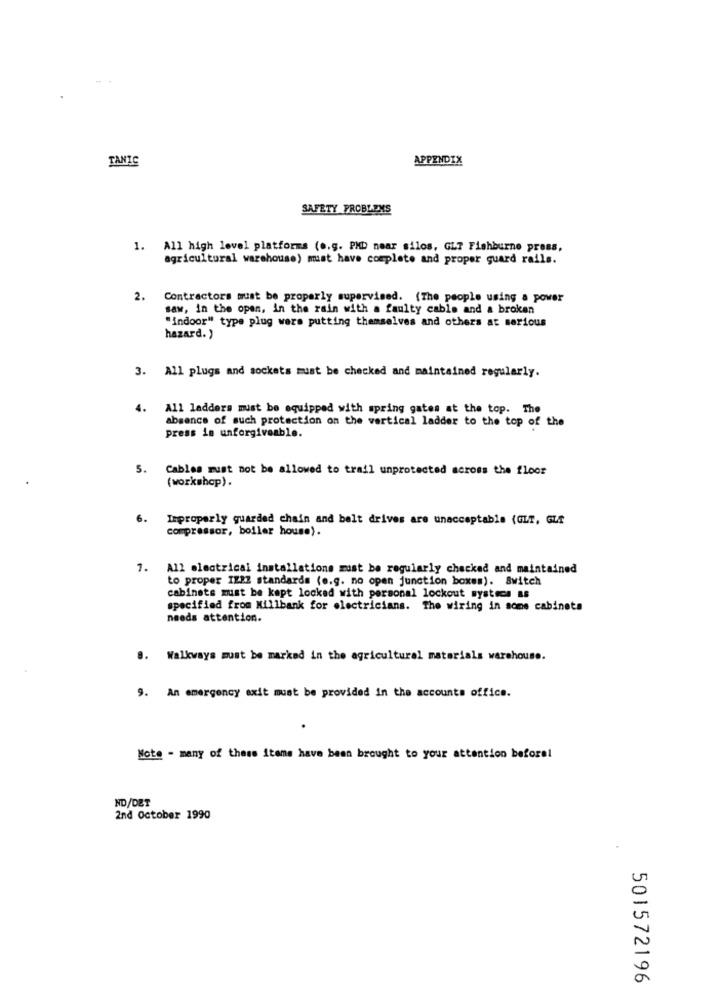
TANIC
APPENDIX
SAFETY PROBLEMS
1. All high level platforms (o.g. PHD near silos, GLT Fishburne press,
agricultural warehouse) must have complete and proper guard rails.
2. Contractors must be properly supervised. (The people using a power
saw, in the open, in the rain with a faulty cable and a broken
"indoor" type plug wers putting themselves and others at serious
hazard. )
3. All plugs and sockets must be checked and maintained regularly.
4.
All ladders must be equipped with spring gates at the top. The
absence of such protection on the vertical ladder to the top of the
press is unforgiveable.
5. Cables must not be allowed to trail unprotected across the floor
(workshop).
6.
Improperly guarded chain and belt drives are unacceptable (GLT, GLI
compressor, boller house).
7. All electrical installations must be regularly checked and maintained
to proper IZ22 standards (e.g. no open junction boxes). Switch
cabinets must be kept locked with personal lockout systems as
specified from Millbank for electricians. The wiring in some cabinets
needs attention.
8. Walkways must be marked in the agricultural materials warehouse.
9. An emergency exit must be provided in the accounts office.
Note - many of these items have been brought to your attention beforel
ND/DET
2nd October 1990
501572196